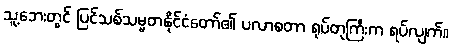
သူ့ဘေးတွင် ပြင်သစ်သမ္မတနိုင်ငံတော်၏ ပလာစတာ ရုပ်တုကြီးက ရပ်လျက်။